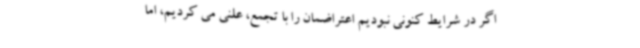
اگر در شرایط کنونی نبودیم اعتراضمان را با تجمع، علنی می کردیم، اما